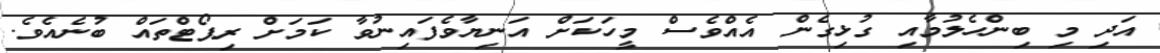
އަދި މި ބިންހެލުމާއި ގުޅިގެން އެއްވެސް މީހަކަށް އަނިޔާވެފައިނުވާ ކަމަށް ރިޕޯޓްތައް ބުނެއެވެ.